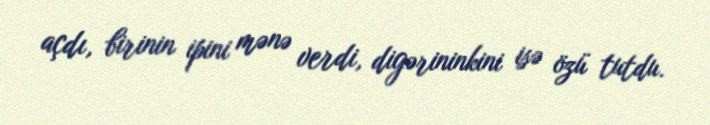
açdı, birinin ipini mənə verdi, digərininkini isə özü tutdu.